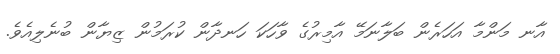
އާނ މަންމާ އަހަރެން ބަލާނަމޭ އާމިރުގެ ވާހަކަ ހަނދާން ކުރަމުން ޒިޔާން ބުނެލިއެވެ.